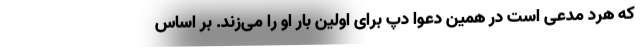
که هرد مدعی است در همین دعوا دپ برای اولین بار او را می‌زند. بر اساس